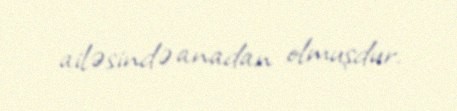
ailəsində anadan olmuşdur.